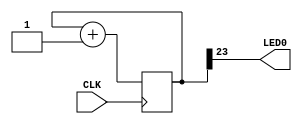
//------------------------------------------------------------------
//-- Top-level Verilog example
//------------------------------------------------------------------

module Test (
  input CLK,    // 12MHz clock
  output LED0   // D6
);

  reg [23:0] counter = 0;

  always @(posedge CLK) 
    counter <= counter + 1;

  assign LED0 = counter[23];

endmodule